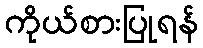
ကိုယ်စားပြုရန်